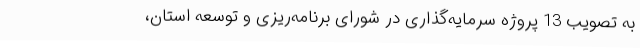
به تصویب 13 پروژه سرمایه‌گذاری در شورای برنامه‌ریزی و توسعه استان،